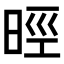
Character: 𣇁